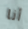
أنا